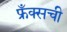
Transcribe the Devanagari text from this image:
फ्रँक्सची